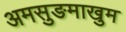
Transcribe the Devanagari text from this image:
अमसुङमाखुम